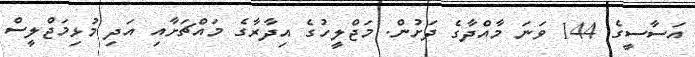
އަސާސީގެ 144 ވަނަ މާއްދާގެ ދަށުން. މަޖްލީހުގެ އިދާރާގެ މައްޗަށާއި އަދި މުޅިމަޖްލީސް